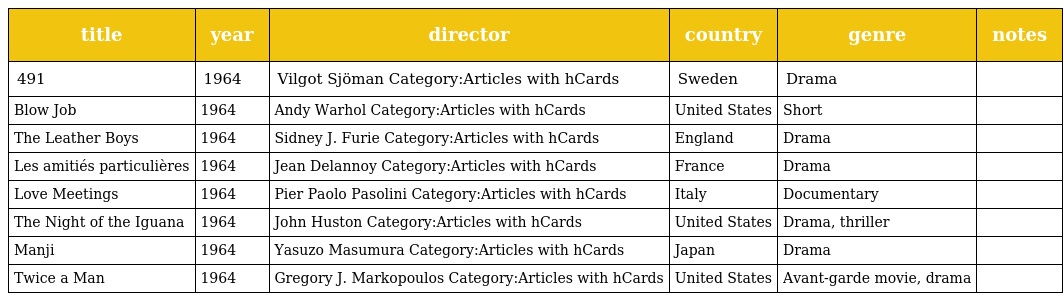
| title | year | director | country | genre | notes |
 | --- | --- | --- | --- | --- | --- |
 | 491 | 1964 | Vilgot Sjöman Category:Articles with hCards | Sweden | Drama |  |
 | Blow Job | 1964 | Andy Warhol Category:Articles with hCards | United States | Short |  |
 | The Leather Boys | 1964 | Sidney J. Furie Category:Articles with hCards | England | Drama |  |
 | Les amitiés particulières | 1964 | Jean Delannoy Category:Articles with hCards | France | Drama |  |
 | Love Meetings | 1964 | Pier Paolo Pasolini Category:Articles with hCards | Italy | Documentary |  |
 | The Night of the Iguana | 1964 | John Huston Category:Articles with hCards | United States | Drama, thriller |  |
 | Manji | 1964 | Yasuzo Masumura Category:Articles with hCards | Japan | Drama |  |
 | Twice a Man | 1964 | Gregory J. Markopoulos Category:Articles with hCards | United States | Avant-garde movie, drama |  |